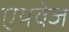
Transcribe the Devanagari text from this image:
एयवेज